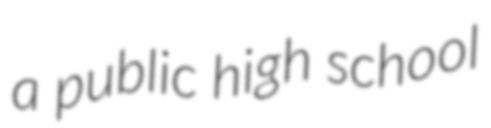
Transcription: a public high school